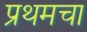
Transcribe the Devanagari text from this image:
प्रथमचा